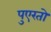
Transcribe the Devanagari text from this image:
पुएरतो